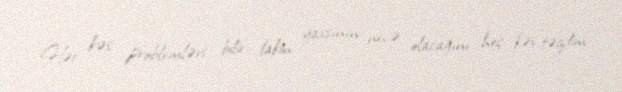
Hər kəs problemləri bilir, lakin yaxşının necə olacağını heç kəs təqdim